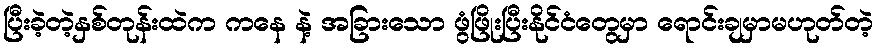
ပြီးခဲ့တဲ့နှစ်တုန်းထဲက ကနေ နဲ့ အခြားသော ဖွံဖြိုးပြီးနိုင်ငံတွေမှာ ရောင်းချမှာမဟုတ်တဲ့